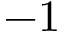
- 1